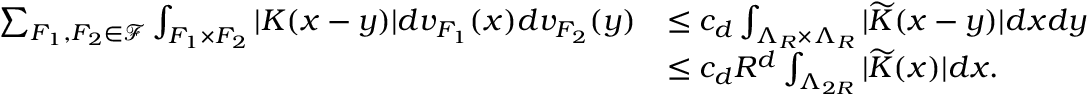
\begin{array} { r l } { \sum _ { F _ { 1 } , F _ { 2 } \in \mathcal { F } } \int _ { F _ { 1 } \times F _ { 2 } } | K ( x - y ) | d v _ { F _ { 1 } } ( x ) d v _ { F _ { 2 } } ( y ) } & { \le c _ { d } \int _ { \Lambda _ { R } \times \Lambda _ { R } } | \widetilde { K } ( x - y ) | d x d y } \\ & { \le c _ { d } R ^ { d } \int _ { \Lambda _ { 2 R } } | \widetilde { K } ( x ) | d x . } \end{array}